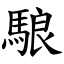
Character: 駺